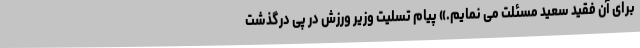
برای آن فقید سعید مسئلت می نمایم.» پیام تسلیت وزیر ورزش در پی درگذشت